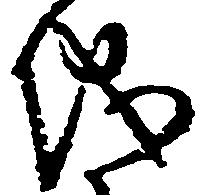
儀